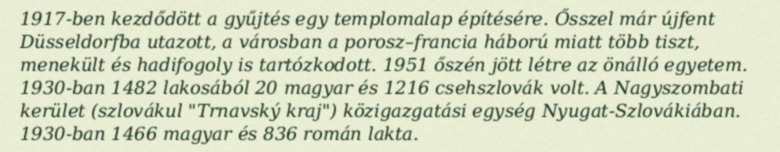
1917-ben kezdődött a gyűjtés egy templomalap építésére. Ősszel már újfent Düsseldorfba utazott, a városban a porosz–francia háború miatt több tiszt, menekült és hadifogoly is tartózkodott. 1951 őszén jött létre az önálló egyetem. 1930-ban 1482 lakosából 20 magyar és 1216 csehszlovák volt. A Nagyszombati kerület (szlovákul "Trnavský kraj") közigazgatási egység Nyugat-Szlovákiában. 1930-ban 1466 magyar és 836 román lakta.